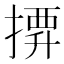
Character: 𢱼